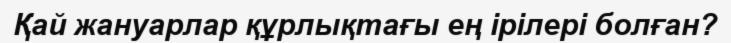
Қай жануарлар құрлықтағы ең ірілері болған?